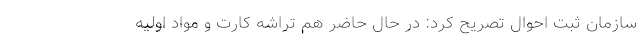
سازمان ثبت احوال تصریح کرد: در حال حاضر هم تراشه کارت و مواد اولیه